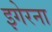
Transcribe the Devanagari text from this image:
इगेरना